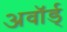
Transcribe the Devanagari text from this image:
अवॉर्ड्